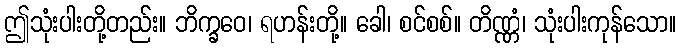
ဤသုံးပါးတို့တည်း။ ဘိက္ခဝေ၊ ရဟန်းတို့။ ခေါ၊ စင်စစ်။ တိဏ္ဏံ၊ သုံးပါးကုန်သော။